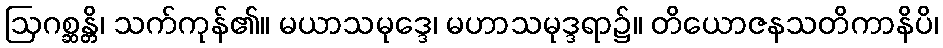
ဩဂစ္ဆန္တိ၊ သက်ကုန်၏။ မယာသမုဒ္ဒေ၊ မဟာသမုဒ္ဒရာ၌။ တိယောဇနသတိကာနိပိ၊